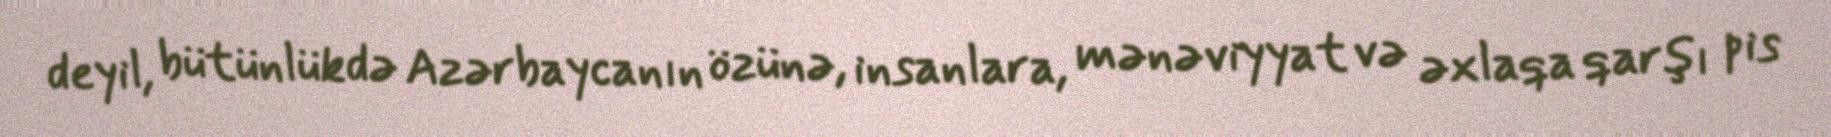
deyil, bütünlükdə Azərbaycanın özünə, insanlara, mənəviyyat və əxlaqa qarşı pis